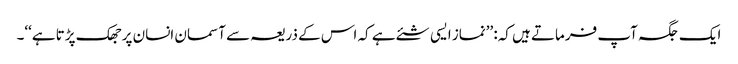
ایک جگہ آپ فرماتے ہیں کہ: ’’نماز ایسی شئے ہے کہ اس کے ذریعہ سے آسمان انسان پر جھک پڑتا ہے‘‘۔